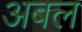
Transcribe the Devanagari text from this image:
अबल